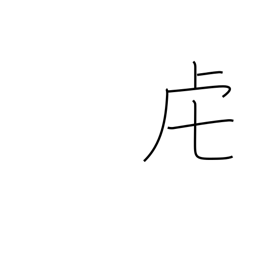
Meaning: tiger or tiger crown radical (no. 141)